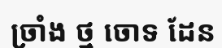
ច្រាំង ថ្ម ចោទ ដែន